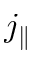
j _ { \parallel }